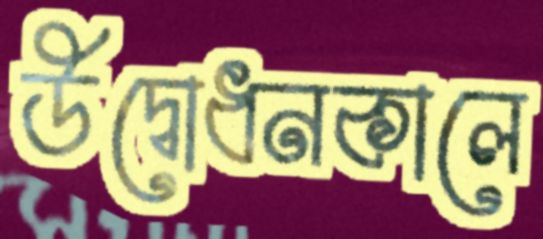
উদ্বোধনকালে